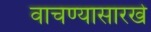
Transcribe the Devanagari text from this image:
वाचण्यासारखे